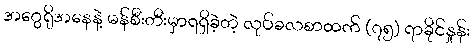
အဂွေရိုအနေနဲ့ မန်စီးတီးမှာရရှိခဲ့တဲ့ လုပ်ခလစာထက် (၇၅) ရာခိုင်နှုန်း